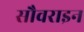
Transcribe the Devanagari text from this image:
सौवराइन